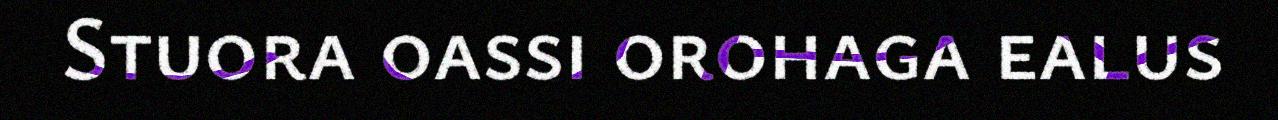
Stuora oassi orohaga ealus